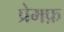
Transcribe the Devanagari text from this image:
प्रेमफ़